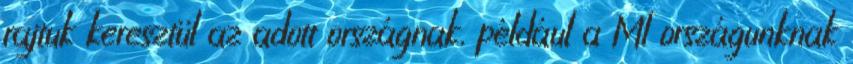
rajtuk keresztül az adott országnak, például a MI országunknak